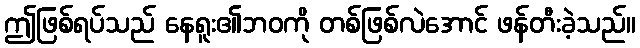
ဤဖြစ်ရပ်သည် နေရူး၏ဘဝကို တစ်ဖြစ်လဲအောင် ဖန်တီးခဲ့သည်။